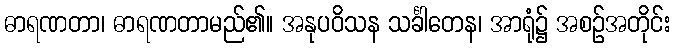
ဓာရဏတာ၊ ဓာရဏတာမည်၏။ အနုပဝိသန သင်္ခါတေန၊ အာရုံ၌ အစဉ်အတိုင်း